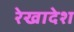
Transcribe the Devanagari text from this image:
रेखादेश